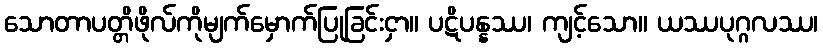
သောတာပတ္တိဖိုလ်ကိုမျက်မှောက်ပြုခြင်းငှာ။ ပဋိပန္နဿ၊ ကျင့်သော။ ယဿပုဂ္ဂလဿ၊